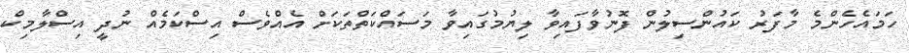
ހަމައެހެންމެ މާފަރު ކައުންސިލުން ފޮނުވާފައިވާ ލިޔުމުގައިވާ މަސައްކަތްތަކަށް އެއްވެސް އިސްކަމެއް ނުދީ އިސްލާމިކް